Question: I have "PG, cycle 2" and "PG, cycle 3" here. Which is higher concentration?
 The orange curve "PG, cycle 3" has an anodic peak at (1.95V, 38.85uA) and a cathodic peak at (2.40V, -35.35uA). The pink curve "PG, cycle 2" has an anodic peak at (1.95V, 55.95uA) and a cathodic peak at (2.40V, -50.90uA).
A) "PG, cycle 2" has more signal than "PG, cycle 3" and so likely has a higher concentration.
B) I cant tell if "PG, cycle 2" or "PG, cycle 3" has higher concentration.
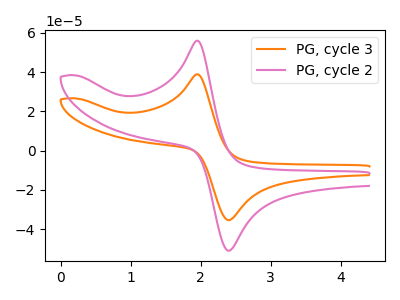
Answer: <think>All the peaks in "PG, cycle 2" have a peak in "PG, cycle 3" at the same potential. Every peak in "PG, cycle 2" is higher than every peak in "PG, cycle 3".
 </think>
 <answer>A) "PG, cycle 2" has more signal than "PG, cycle 3" and so likely has a higher concentration.</answer>
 <eval>A</eval>